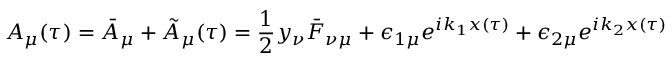
A _ { \mu } ( \tau ) = \bar { A } _ { \mu } + \tilde { A } _ { \mu } ( \tau ) = \frac { 1 } { 2 } y _ { \nu } \bar { F } _ { \nu \mu } + \epsilon _ { 1 \mu } e ^ { i k _ { 1 } x ( \tau ) } + \epsilon _ { 2 \mu } e ^ { i k _ { 2 } x ( \tau ) }